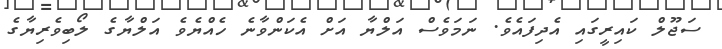
ސަޖޫލް ކައިރީގައި އެދިފައެވެ. ނަމަވެސް އަލްޔާ އަށް އެކަންވާނެ ހެއްޔެވެ އަލްޔާގެ ލޯބިވެރިޔާގެ